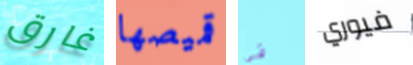
غارق قميصها في فيوري